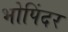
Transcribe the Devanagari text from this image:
भोपिंदर